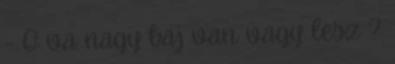
- Q va nagy baj van vagy lesz ?